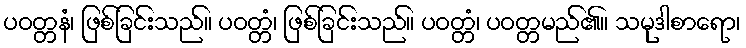
ပဝတ္တနံ၊ ဖြစ်ခြင်းသည်။ ပဝတ္တံ၊ ဖြစ်ခြင်းသည်။ ပဝတ္တံ၊ ပဝတ္တမည်၏။ သမုဒါစာရော၊